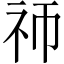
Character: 𬒭